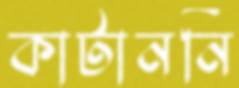
কাটাননি